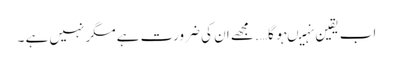
اب یقین نہیںہو گا…. مجھے ان کی ضرورت ہے مگر نہیں ہے ۔